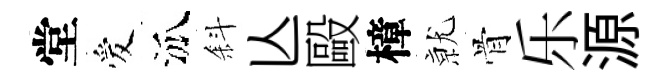
堂爱泒斜亾毆樟𭕒骨乐源